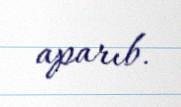
aparıb.